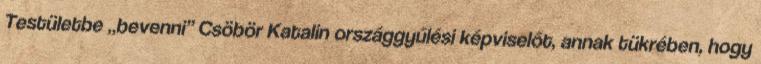
Testületbe „bevenni” Csöbör Katalin országgyűlési képviselőt, annak tükrében, hogy